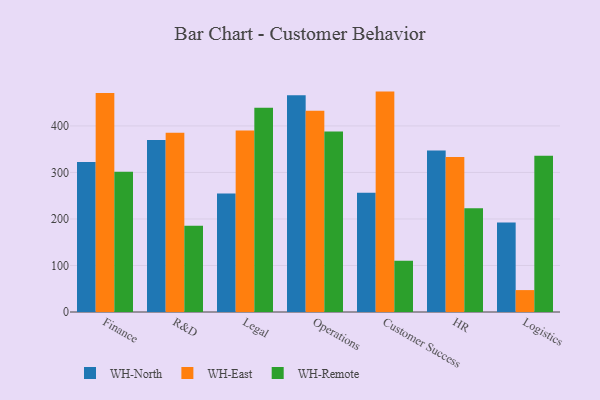
{"axis": {"x": "Department", "y": "Bounce Rate (%)"}, "legend": ["WH-East", "WH-North", "WH-Remote"], "data": [{"x": "Finance", "y": 322.3, "type": "WH-North"}, {"x": "Finance", "y": 471.0, "type": "WH-East"}, {"x": "Finance", "y": 301.7, "type": "WH-Remote"}, {"x": "R&D", "y": 369.9, "type": "WH-North"}, {"x": "R&D", "y": 385.3, "type": "WH-East"}, {"x": "R&D", "y": 185.5, "type": "WH-Remote"}, {"x": "Legal", "y": 254.5, "type": "WH-North"}, {"x": "Legal", "y": 390.4, "type": "WH-East"}, {"x": "Legal", "y": 439.1, "type": "WH-Remote"}, {"x": "Operations", "y": 465.9, "type": "WH-North"}, {"x": "Operations", "y": 432.5, "type": "WH-East"}, {"x": "Operations", "y": 387.9, "type": "WH-Remote"}, {"x": "Customer Success", "y": 256.3, "type": "WH-North"}, {"x": "Customer Success", "y": 473.8, "type": "WH-East"}, {"x": "Customer Success", "y": 110.0, "type": "WH-Remote"}, {"x": "HR", "y": 347.4, "type": "WH-North"}, {"x": "HR", "y": 333.1, "type": "WH-East"}, {"x": "HR", "y": 223.2, "type": "WH-Remote"}, {"x": "Logistics", "y": 192.4, "type": "WH-North"}, {"x": "Logistics", "y": 47.1, "type": "WH-East"}, {"x": "Logistics", "y": 336.0, "type": "WH-Remote"}]}